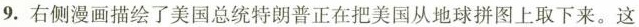
9.右侧漫画描绘了美国总统特朗普正在把美国从地球拼图上取下来。这